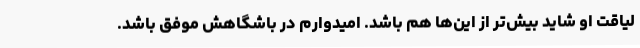
لیاقت او شاید بیش‌تر از این‌ها هم باشد. امیدوارم در باشگاهش موفق باشد.